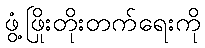
ဖွံ့ဖြိုးတိုးတက်ရေးကို